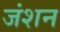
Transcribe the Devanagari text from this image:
जंशन